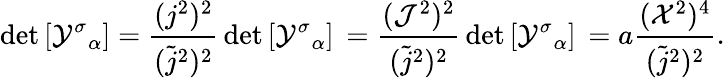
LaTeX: \mathrm{det}\left[{{\cal Y}^{\sigma}}_{\alpha}\right]=\frac{(j^{2})^{2}}{({\tilde{j}}^{2})^{2}}\, \mathrm{det}\left[{{\cal Y}^{\sigma}}_{\alpha}\right]\, =\frac{({\cal J}^{2})^{2}}{({\tilde{j}}^{2})^{2}}\, \mathrm{det}\left[{{\cal Y}^{\sigma}}_{\alpha}\right]\, =a\frac{({\cal X}^{2})^{4}}{({\tilde{j}}^{2})^{2}}.